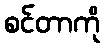
စင်တာကို